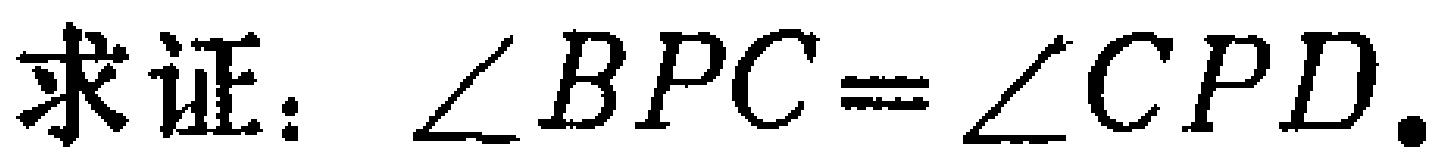
求证：$\angle BPC = \angle CPD$.